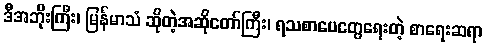
ဒီအဘိုးကြီး၊ မြန်မာသံ ဆိုတဲ့အဆိုတော်ကြီး၊ ရသစာပေတွေရေးတဲ့ စာရေးဆရာ